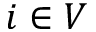
i \in V